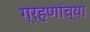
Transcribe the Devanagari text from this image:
ग्रहणांच्या